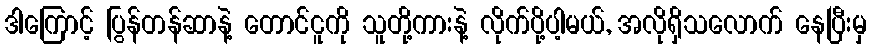
ဒါကြောင့် ပြွန်တန်ဆာနဲ့ တောင်ငူကို သူတို့ကားနဲ့ လိုက်ပို့ပါ့မယ်, အလိုရှိသလောက် နေပြီးမှ